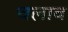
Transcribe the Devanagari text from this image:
चलाव